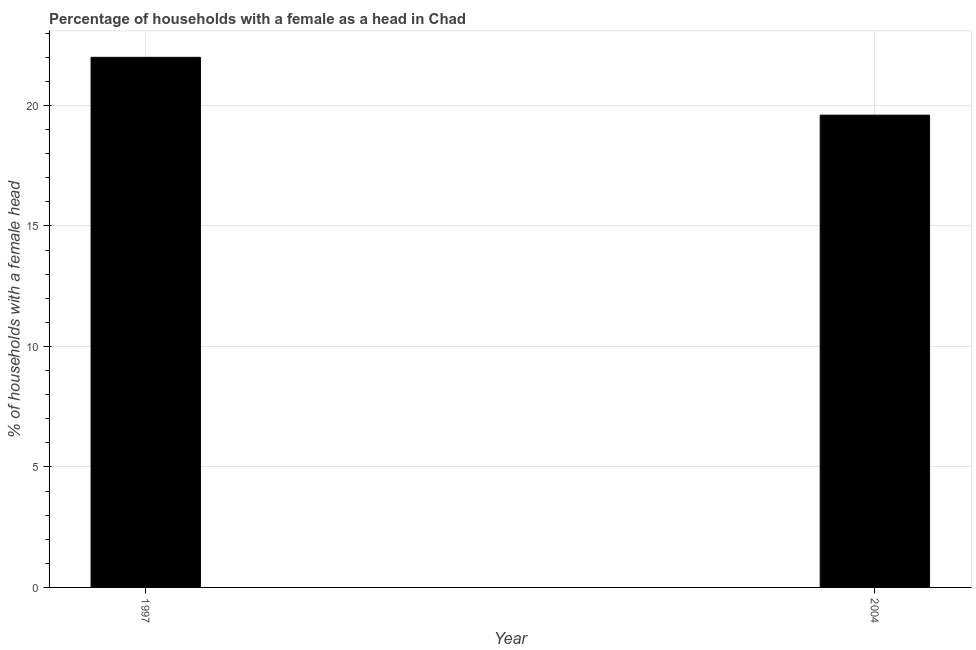
| Year | Female headed households |
 | --- | --- |
 | 1997 | 22 |
 | 2004 | 19.6 |